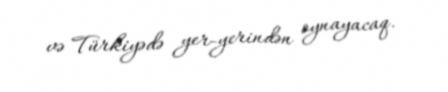
və Türkiyədə yer-yerindən oynayacaq.